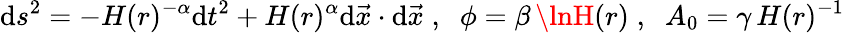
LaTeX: \mathrm{d}s^{2}=-H(r)^{-\alpha}\mathrm{d}t^{2}+H(r)^{\alpha}\mathrm{d}\vec{{x}}\cdot\mathrm{d}\vec{{x}}\; ,\; \; \phi=\beta\, \lnH(r)\; ,\; \; A_{0}=\gamma\, H(r)^{-1}